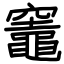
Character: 竈